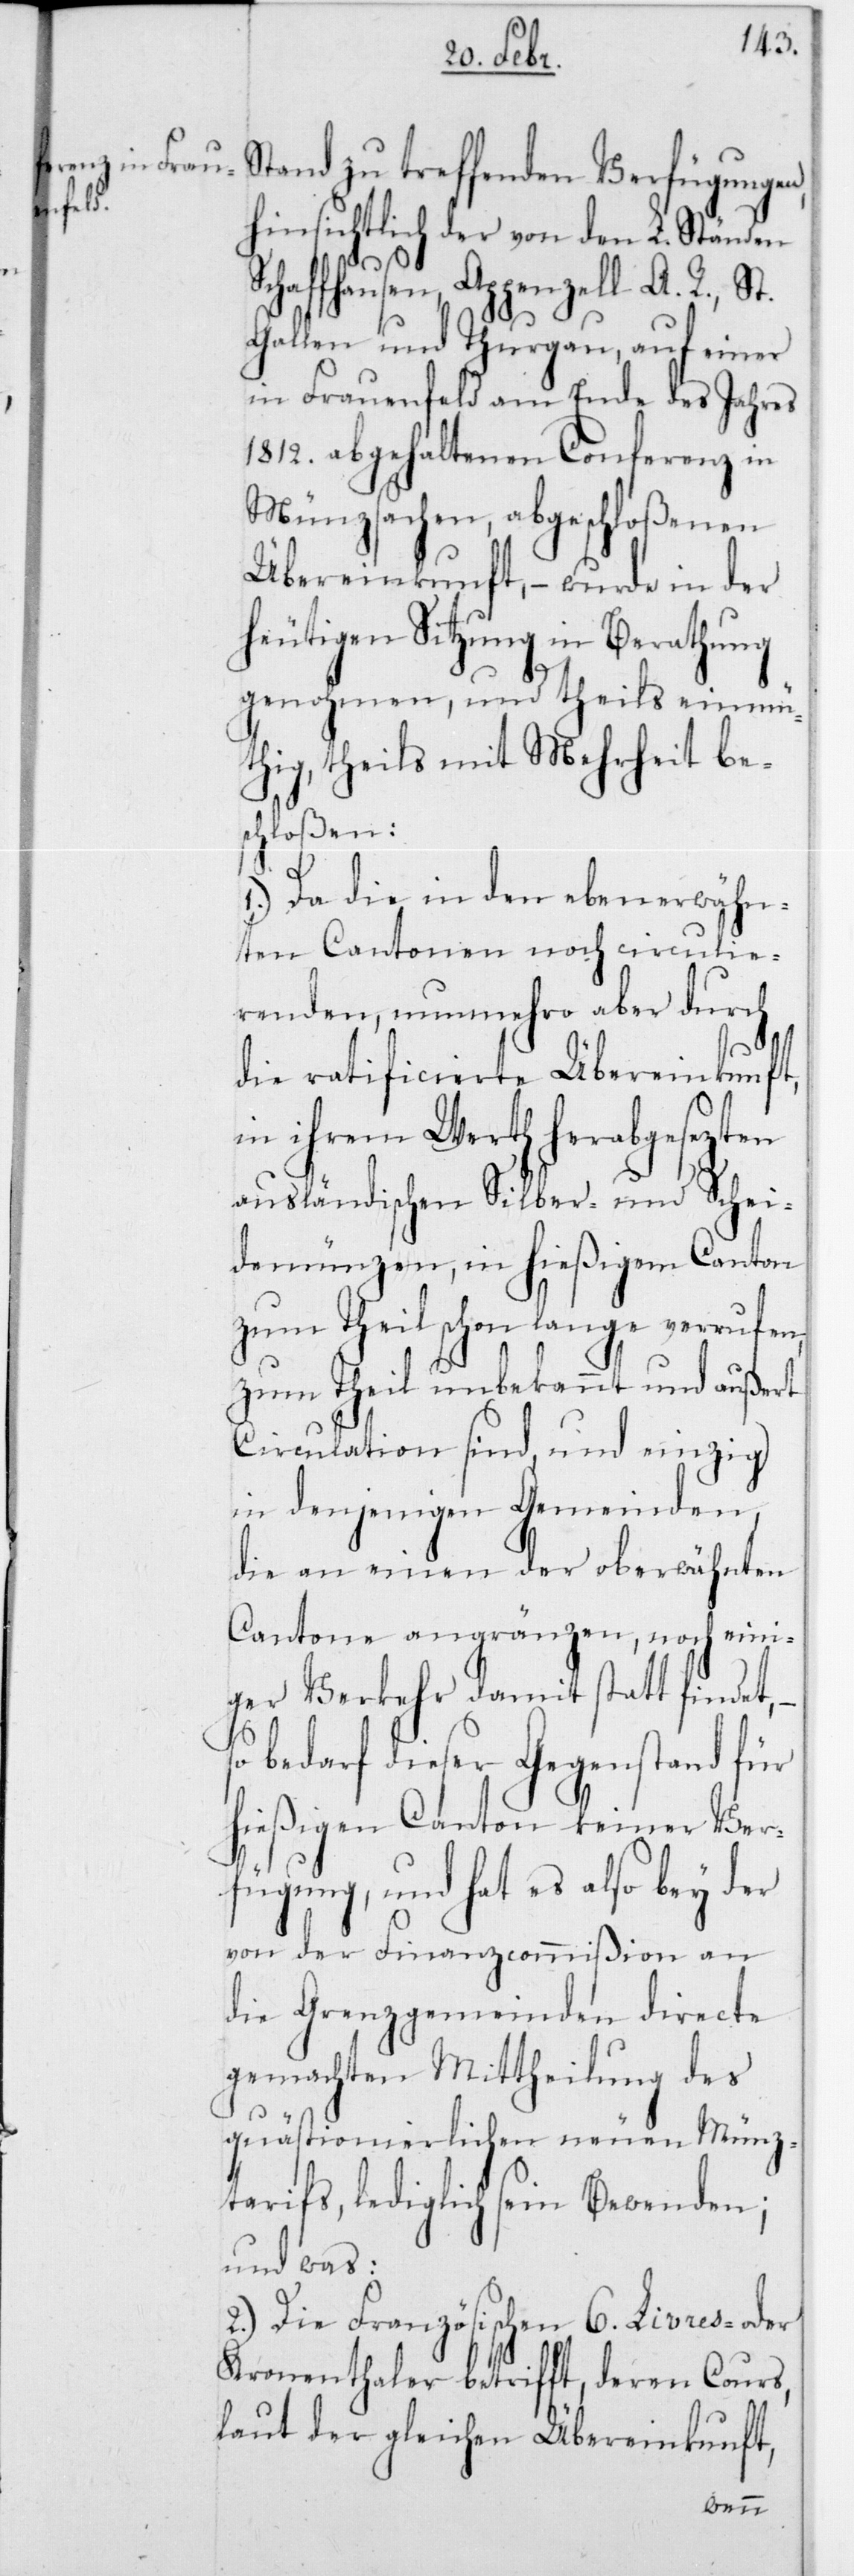
Stand zu treffenden Verfügungen,
hinsichtlich der von den L. Ständen
Schaffhausen, Appenzell A. R., St.
Gallen und Thurgau, auf einer
in Frauenfeld am Ende des Jahres
1812 abgehaltenen Conferenz in
Münzsachen, abgeschloßenen
Übereinkunft, – wurde in der
heutigen Sitzung in Berathung
genohmen, und theils einmü¬
thig, theils mit Mehrheit be¬
schloßen:
1.) Da die in den ebenerwähn¬
ten Cantonen noch circulie¬
renden, nunmehro aber durch
die ratificierte Übereinkunft,
in ihrem Werth herabgesezten
ausländischen Silber- und Schei¬
denmünzen, in hießigem Canton
zum Theil schon lange verrufen,
zum Theil unbekannt und außert
Circulation sind, und einzig
in denjenigen Gemeinden,
die an einen der oberwähnten
Cantone angränzen, noch eini¬
ger Verkehr damit statt findet,
so bedarf dieser Gegenstand für
hießigen Canton keiner Ver¬
fügung, und hat es also bey der
von der Finanzcommißion an
die Grenzgemeinden directe
gemachten Mittheilung des
quästionierlichen neuen Münz¬
tarifs, lediglich sein Bewenden;
und was:
2.)Die französischen 6 Livres- oder
Kronenthaler betrifft, deren Cours,
laut der gleichen Übereinkunft,